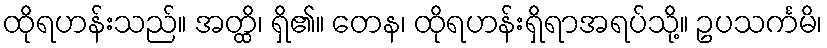
ထိုရဟန်းသည်။ အတ္ထိ၊ ရှိ၏။ တေန၊ ထိုရဟန်းရှိရာအရပ်သို့။ ဥပသင်္ကမိ၊